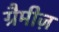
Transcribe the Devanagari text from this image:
ग्रैमीज़